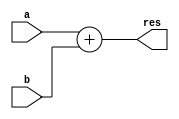
`timescale 1ns / 1ps
//////////////////////////////////////////////////////////////////////////////////
// Company: 
// Engineer: 
// 
// Design Name: 
// Module Name: adder
// Project Name: 
// Target Devices: 
// Tool Versions: 
// Description: 
// 
// Dependencies: 
// 
// Revision:
// Revision 0.01 - File Created
// Additional Comments:
// 
//////////////////////////////////////////////////////////////////////////////////


module adder #(parameter N = 32) (a, b, res);

input signed [N-1:0] a, b;
output signed [N-1:0] res;

assign res = a+b;

endmodule